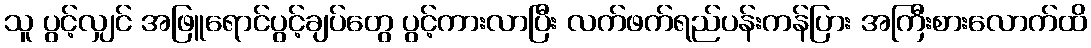
သူ ပွင့်လျှင် အဖြူရောင်ပွင့်ချပ်တွေ ပွင့်ကားလာပြီး လက်ဖက်ရည်ပန်းကန်ပြား အကြီးစားလောက်ထိ